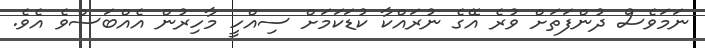
ނަމަވެސް ދުންފަތަށް ވުރެ އޭގެ ނުރައްކާ ކުޑަކަމަށް ސިއްހީ މާހިރުން އެއްބަސްވެ އެވެ.